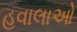
હવાલાઓ